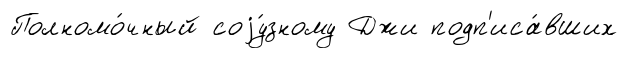
Полномо́чный соjу́зному Джи подп'иса́вших